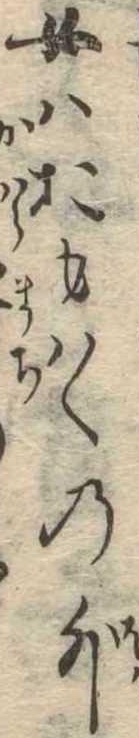
女はおもはくの外